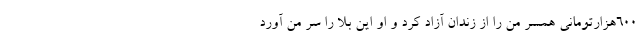
600هزارتومانی همسر من را از زندان آزاد کرد و او این بلا را سر من آورد